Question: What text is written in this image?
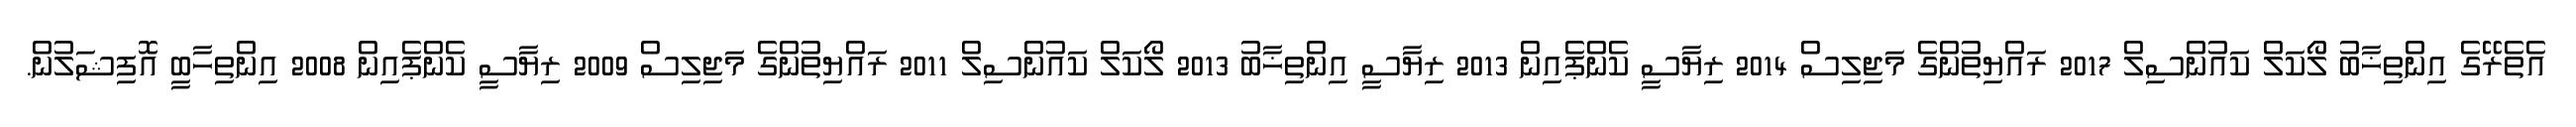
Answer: އެތެރޭގެ އިންތިޚާބު ލޯކަލް ކައުންސިލް 2017 ރައްޔިތުންގެ މަޖިލިސް 2014 ރިޔާސީ ކެންޕެއިން 2013 ރިޔާސީ އިންތިޚާބު 2013 ލޯކަލް ކައުންސިލް 2011 ރައްޔިތުންގެ މަޖިލިސް 2009 ރިޔާސީ ކެންޕެއިން 2008 އިންތިހާބީ އޮފިޝަލުން.